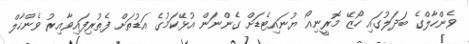
ވެންހާލްގެ ބަދަލުގައި ހޯޒޭ މޮރީނިއޯ ޔުނައިޓެޑަށް ގެންނަން އުޅޭކަމުގެ އަޑުތަށް ފެތުރިފައިވާއިރު ވެންހާލް